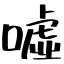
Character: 噓